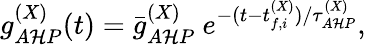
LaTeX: g_{A\mathcal{H}P}^{(X)}(t)=\bar{{g}}_{A\mathcal{H}P}^{(X)}~e^{-(t-t_{f,i}^{(X)})/\tau_{A\mathcal{H}P}^{(X)}},